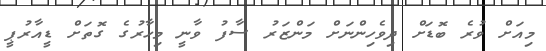
މިއަށް ވުރެ ބޮޑަށް ދިވެހިންނަށް މަންޒަރު ސާފު ވާނީ މިހާރުގެ ގޮތަށް ޑީއާރުޕީ